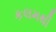
કલમથી